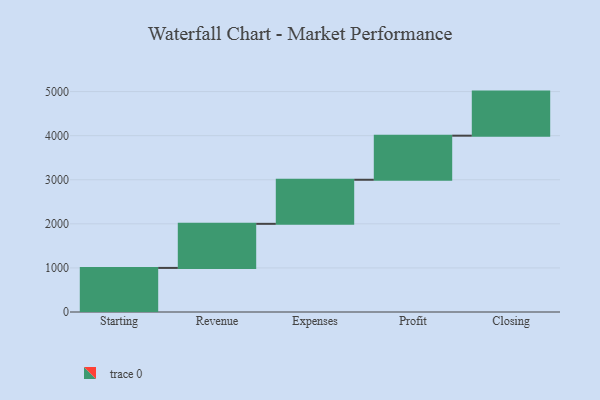
{"axis": {"x": "Step", "y": "Value"}, "legend": [""], "data": [{"x": "Starting", "y": 1000, "type": ""}, {"x": "Revenue", "y": 1000, "type": ""}, {"x": "Expenses", "y": 1000, "type": ""}, {"x": "Profit", "y": 1000, "type": ""}, {"x": "Closing", "y": 1000, "type": ""}]}